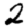
Digit: 2